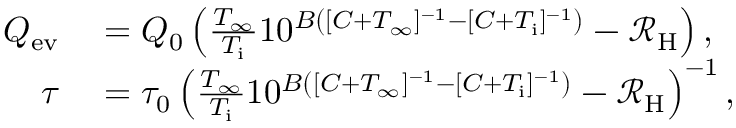
\begin{array} { r l } { Q _ { \mathrm { e v } } } & { { } = Q _ { 0 } \left( \frac { T _ { \infty } } { T _ { \mathrm { i } } } 1 0 ^ { B \left( [ C + T _ { \infty } ] ^ { - 1 } - [ C + T _ { \mathrm { i } } ] ^ { - 1 } \right) } - \mathcal { R } _ { \mathrm { H } } \right) , } \\ { \tau } & { { } = \tau _ { 0 } \left( \frac { T _ { \infty } } { T _ { \mathrm { i } } } 1 0 ^ { B \left( [ C + T _ { \infty } ] ^ { - 1 } - [ C + T _ { \mathrm { i } } ] ^ { - 1 } \right) } - \mathcal { R } _ { \mathrm { H } } \right) ^ { - 1 } , } \end{array}